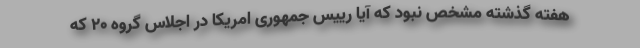
هفته گذشته مشخص نبود که آیا رییس جمهوری امریکا در اجلاس گروه ۲۰ که